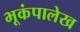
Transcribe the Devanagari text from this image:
भूकंपालेख